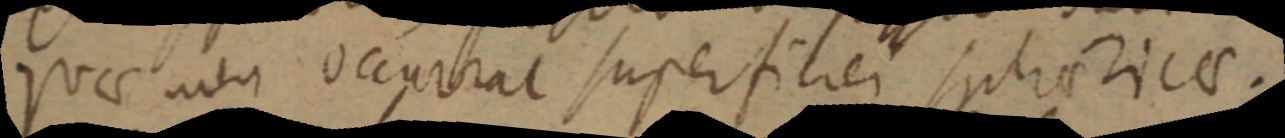
quae non occurrat superficier sphericae.